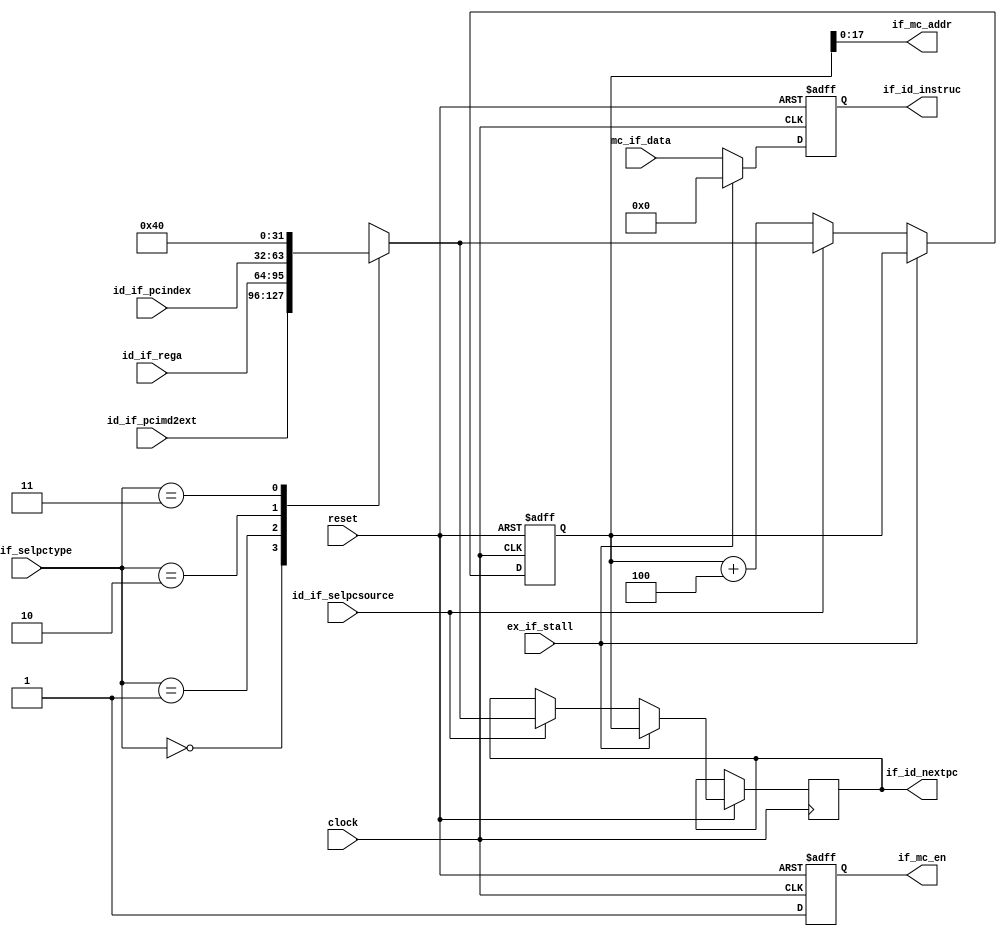
module Fetch (
    input                   clock,
    input                   reset,
    //Execute
    input                   ex_if_stall,
    //Decode
    output reg    [31:0]    if_id_nextpc,
    output reg    [31:0]    if_id_instruc,
    input                   id_if_selpcsource,
    input         [31:0]    id_if_rega,
    input         [31:0]    id_if_pcimd2ext,
    input         [31:0]    id_if_pcindex,
    input         [1:0]     id_if_selpctype,
    //Memory Controller
    output reg              if_mc_en,
    output        [17:0]    if_mc_addr,
    input         [31:0]    mc_if_data
);

    reg    [31:0]   pc;

    assign if_mc_addr = pc[17:0];

    always @(posedge clock or negedge reset) begin
        if (~reset) begin
            if_mc_en <= 1'b0;
            if_id_instruc <= 32'h0000_0000;
            pc <= 32'h0000_0000;
        end else begin
            if_mc_en <= 1'b1;
            if (ex_if_stall) begin
                if_id_instruc <= 32'h0000_0000;
                if_id_nextpc <= pc;
            end else begin
                if_id_instruc <= mc_if_data;
                if (id_if_selpcsource) begin
                    case (id_if_selpctype)
                        2'b00: pc <= id_if_pcimd2ext;
                        2'b01: pc <= id_if_rega;
                        2'b10: pc <= id_if_pcindex;
                        2'b11: pc <= 32'h0000_0040;
                        default: pc <= 32'hXXXX_XXXX;
                    endcase
                    case (id_if_selpctype)
                        2'b00: if_id_nextpc <= id_if_pcimd2ext;
                        2'b01: if_id_nextpc <= id_if_rega;
                        2'b10: if_id_nextpc <= id_if_pcindex;
                        2'b11: if_id_nextpc <= 32'h0000_0040;
						default: if_id_nextpc <= 32'hXXXX_XXXX;
                        //default: pc <= 32'hXXXX_XXXX;
                    endcase
                end else begin
                    pc <= pc + 32'h0000_0004;
                end
            end
        end
    end

endmodule